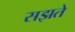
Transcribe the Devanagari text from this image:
सझते